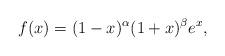
LaTeX: \begin{align*}f(x) = (1 - x)^{\alpha} (1 + x)^{\beta} e^x,\end{align*}